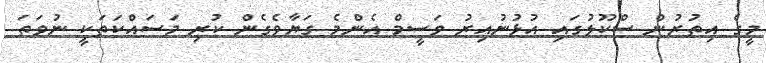
މީގެ އިތުރުން ސްކޫލުގައި އުޅުނުއިރު ވަސީމް އެންމެ ގަޔާވެގެން ކުރި މަސައްކަތަކީ ނުވަތަ